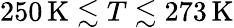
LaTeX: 250\, \mathrm{K}\lesssim T\lesssim 273\, \mathrm{K}